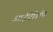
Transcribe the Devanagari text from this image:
आईऐडिपि